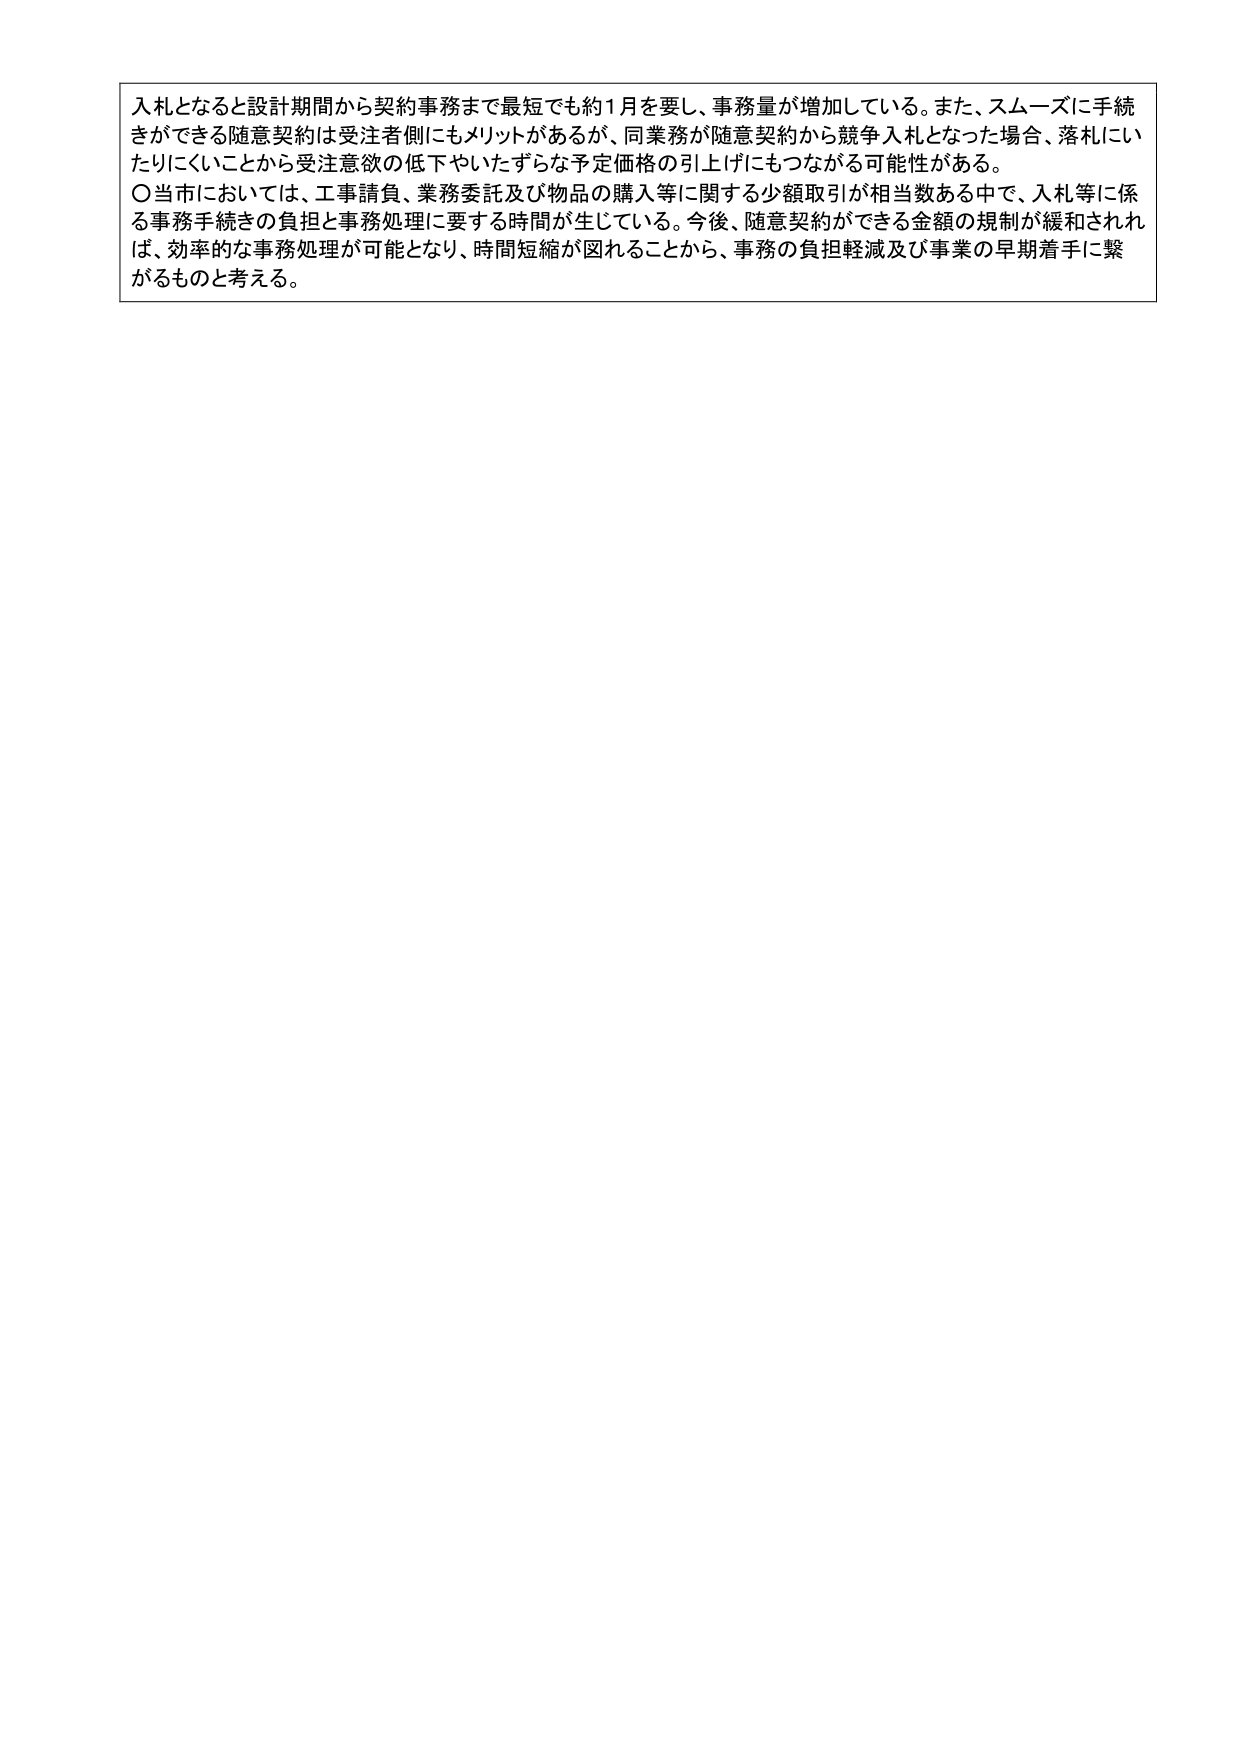
入札となると設計期間から契約事務まで最短でも約1月を要し、事務量が増加している。また、スムーズに手続きができる随意契約は受注者側にもメリットがあるが、同業務が随意契約から競争入札となった場合、落札にいたりにくいことから受注意欲の低下やいたずらな予定価格の引上げにもつながる可能性がある。

〇当市においては、工事請負、業務委託及び物品の購入等に関する少額取引が相当数ある中で、入札等に係る事務手続きの負担と事務処理に要する時間が生じている。今後、随意契約ができる金額の規制が緩和されれば、効率的な事務処理が可能となり、時間短縮が図れることから、事務の負担軽減及び事業の早期着手に繋がるものと考える。